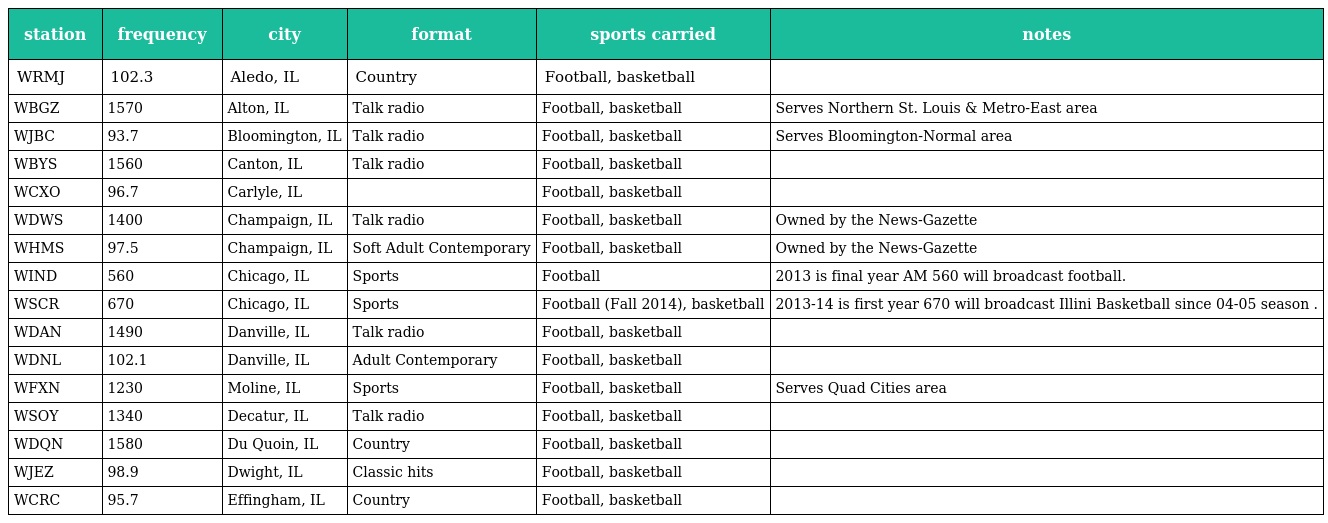
| station | frequency | city | format | sports carried | notes |
 | --- | --- | --- | --- | --- | --- |
 | WRMJ | 102.3 | Aledo, IL | Country | Football, basketball |  |
 | WBGZ | 1570 | Alton, IL | Talk radio | Football, basketball | Serves Northern St. Louis & Metro-East area |
 | WJBC | 93.7 | Bloomington, IL | Talk radio | Football, basketball | Serves Bloomington-Normal area |
 | WBYS | 1560 | Canton, IL | Talk radio | Football, basketball |  |
 | WCXO | 96.7 | Carlyle, IL |  | Football, basketball |  |
 | WDWS | 1400 | Champaign, IL | Talk radio | Football, basketball | Owned by the News-Gazette |
 | WHMS | 97.5 | Champaign, IL | Soft Adult Contemporary | Football, basketball | Owned by the News-Gazette |
 | WIND | 560 | Chicago, IL | Sports | Football | 2013 is final year AM 560 will broadcast football. |
 | WSCR | 670 | Chicago, IL | Sports | Football (Fall 2014), basketball | 2013-14 is first year 670 will broadcast Illini Basketball since 04-05 season . |
 | WDAN | 1490 | Danville, IL | Talk radio | Football, basketball |  |
 | WDNL | 102.1 | Danville, IL | Adult Contemporary | Football, basketball |  |
 | WFXN | 1230 | Moline, IL | Sports | Football, basketball | Serves Quad Cities area |
 | WSOY | 1340 | Decatur, IL | Talk radio | Football, basketball |  |
 | WDQN | 1580 | Du Quoin, IL | Country | Football, basketball |  |
 | WJEZ | 98.9 | Dwight, IL | Classic hits | Football, basketball |  |
 | WCRC | 95.7 | Effingham, IL | Country | Football, basketball |  |